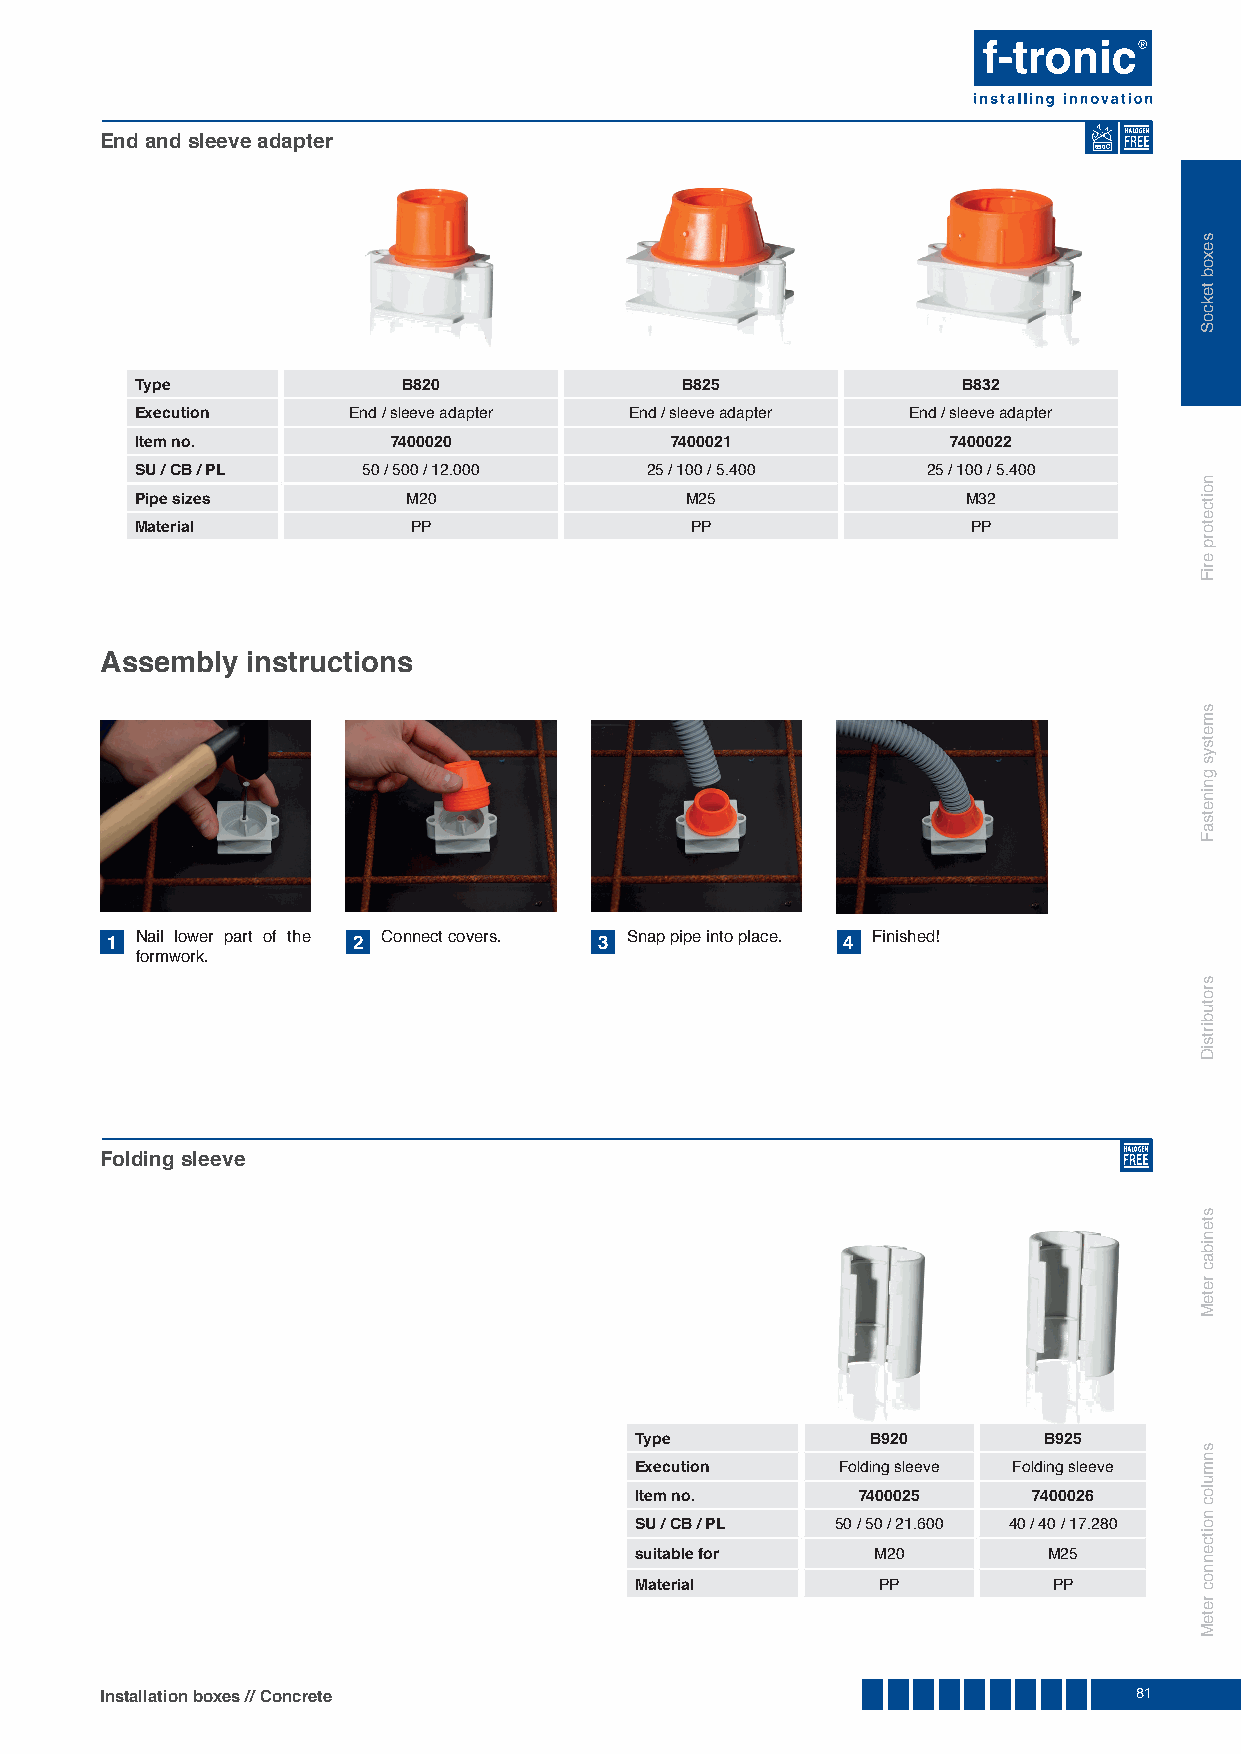
End and sleeve adapter
 650
 Type              B820              B825               B832
 Execution     End / sleeve adapter End / sleeve adapter End / sleeve adapter
 Item no.         7400020           7400021            7400022
 SU / CB / PL   50 / 500 / 12.000  25 / 100 / 5.400  25 / 100 / 5.400
 Pipe sizes        M20               M25                M32
 Material          PP                 PP                PP
 Assembly instructions
 1 Nail lower part of the 2 Connect covers. 3 Snap pipe into place. 4 Finished!
 formwork.
 Folding sleeve
 Type            B920       B925
 Execution    Folding sleeve Folding sleeve
 Item no.       7400025    7400026
 SU / CB / PL 50 / 50 / 21.600 40 / 40 / 17.280
 suitable for    M20        M25
 Material        PP          PP
 Installation boxes // Concrete                                      81
 sexob
 tekcoS
 noitcetorp
 eriF
 smetsys
 gninetsaF
 srotubirtsiD
 stenibac
 reteM
 snmuloc
 noitcennoc
 reteM